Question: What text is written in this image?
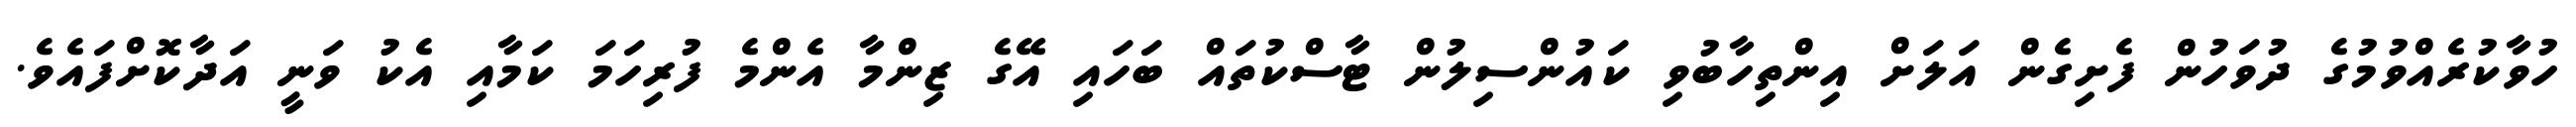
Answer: ހުވާކުރެއްވުމުގެ ދުވަހުން ފެށިގެން އަލަށް އިންތިހާބުވި ކައުންސިލުން ޓާސްކުތައް ބަހައި އޭގެ ޒިންމާ އެންމެ ފުރިހަމަ ކަމާއި އެކު ވަނީ އަދާކޮށްފައެވެ.